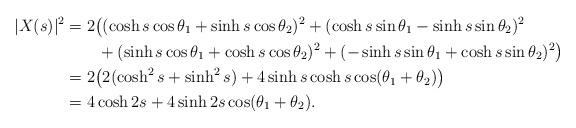
LaTeX: \begin{align*}|X(s)|^2&=2\big((\cosh s\cos\theta_1+\sinh s\cos\theta_2)^2+(\cosh s\sin\theta_1-\sinh s\sin\theta_2)^2\\&\qquad+(\sinh s\cos\theta_1+\cosh s\cos\theta_2)^2+(-\sinh s\sin\theta_1+\cosh s\sin\theta_2)^2\big)\\&=2\big(2(\cosh^2 s+\sinh^2 s)+4\sinh s\cosh s\cos(\theta_1+\theta_2)\big)\\&=4\cosh 2s+4\sinh 2s\cos(\theta_1+\theta_2). \end{align*}